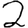
Digit: 2